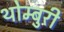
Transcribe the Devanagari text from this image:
थोम्बुरी